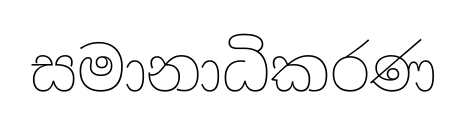
සමානාධිකරණ